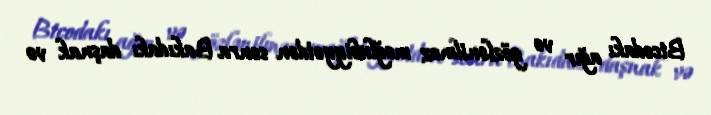
Bicodakı ağır və gözlənilməz məğlubiyyətdən sonra Bakıdakı daşnak və